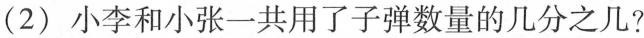
(2)小李和小张一共用了子弹数量的几分之几?